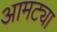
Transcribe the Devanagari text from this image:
आमट्या